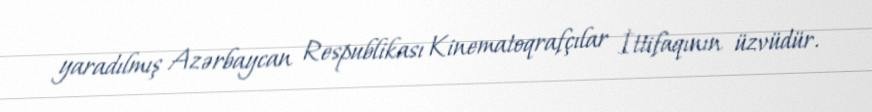
yaradılmış Azərbaycan Respublikası Kinematoqrafçılar İttifaqının üzvüdür.